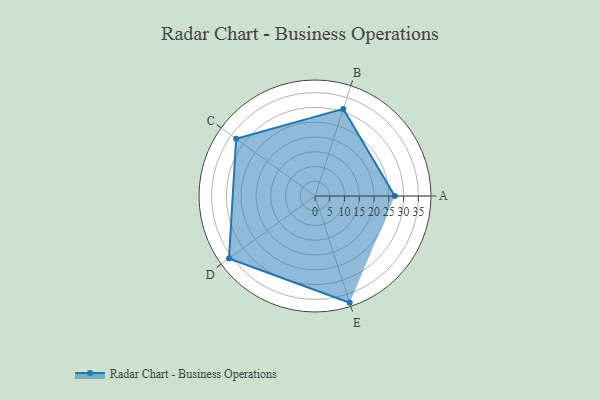
{"axis": {"x": "Skill", "y": "Score"}, "legend": ["Profile"], "data": [{"x": "A", "y": 27.0, "type": "Profile"}, {"x": "B", "y": 31.0, "type": "Profile"}, {"x": "C", "y": 33.0, "type": "Profile"}, {"x": "D", "y": 36.0, "type": "Profile"}, {"x": "E", "y": 38.0, "type": "Profile"}]}